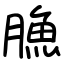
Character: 䐳